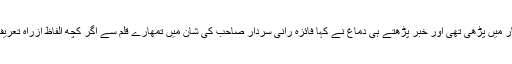
ذہن پر زور دیا تو یاد آیا کہ پچھلے دنوں ایک خبر اردو اخبار میں پڑھی تھی اور خبر پڑھتے ہی دماغ نے کہا فائزہ رانی سردار صاحب کی شان میں تمھارے قلم سے اگر کچھ الفاظ ازراہ تعریف نکلیں گے تو یہ تمھارے لیے بڑی سعادت کی بات ہوگی۔